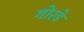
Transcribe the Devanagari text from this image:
गोरडे